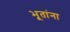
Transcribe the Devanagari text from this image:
भूतांना